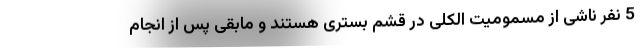
5 نفر ناشی از مسمومیت الکلی در قشم بستری هستند و مابقی پس از انجام